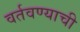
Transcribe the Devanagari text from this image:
वर्तवण्याची